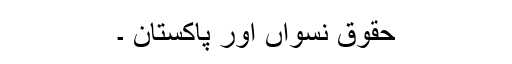
حقوق نسواں اور پاکستان ۔